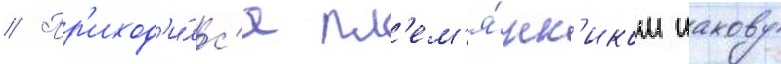
// Пр'иход'и́лс'я пл'ем'я́нн'иком иакову